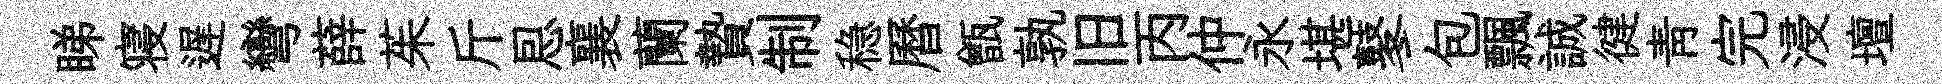
睇寝遅彎薛茱斤㤙襄蘭贄制稳曆甑孰旧丙仲永堪鼕包飄誠徤青完浸壇